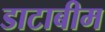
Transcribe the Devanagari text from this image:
डाटाबीम